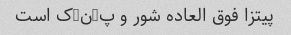
پیتزا فوق العاده شور و پ-ن-ک است